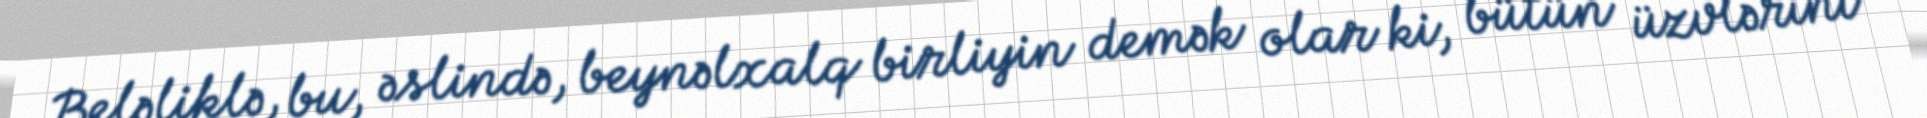
Beləliklə, bu, əslində, beynəlxalq birliyin demək olar ki, bütün üzvlərini